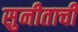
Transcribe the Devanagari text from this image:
सुनीताची